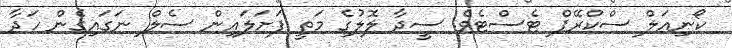
ކޯނިއަލް ސްކްރޭޕް ޓެސްޓެވެ. ސީދާ ލޮލުގެ މަތީ ފަށަލައިން ސެލް ނަގައިގެން ހަދާ